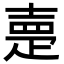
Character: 𡔰